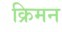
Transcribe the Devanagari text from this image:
क्रिमन